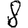
Digit: 8